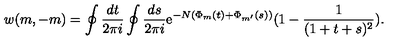
w ( m , - m ) = \oint \frac { d t } { 2 \pi i } \oint \frac { d s } { 2 \pi i } \mathrm { e } ^ { - N ( \Phi _ { m } ( t ) + \Phi _ { m ^ { \prime } } ( s ) ) } ( 1 - \frac { 1 } { ( 1 + t + s ) ^ { 2 } } ) .